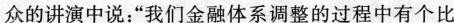
众的讲演中说：“我们金融体系调整的过程中有个比